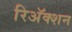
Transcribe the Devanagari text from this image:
रिअॅक्शन